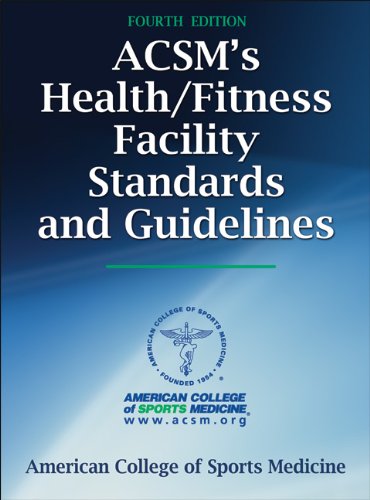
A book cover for ACSM's Health/Fitness Facility Standards and Guidelines-4th Edition; American College of Sports Medicine; Business & Money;